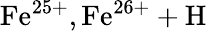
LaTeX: \mathrm{Fe^{25+},Fe^{26+}+H}